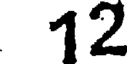
12